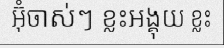
អ៊ុំចាស់ៗ ខ្លះអង្គុយ ខ្លះ